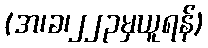
(အ၊ခ၊၂၂၃မှယူရန်)